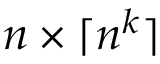
n \times \lceil n ^ { k } \rceil